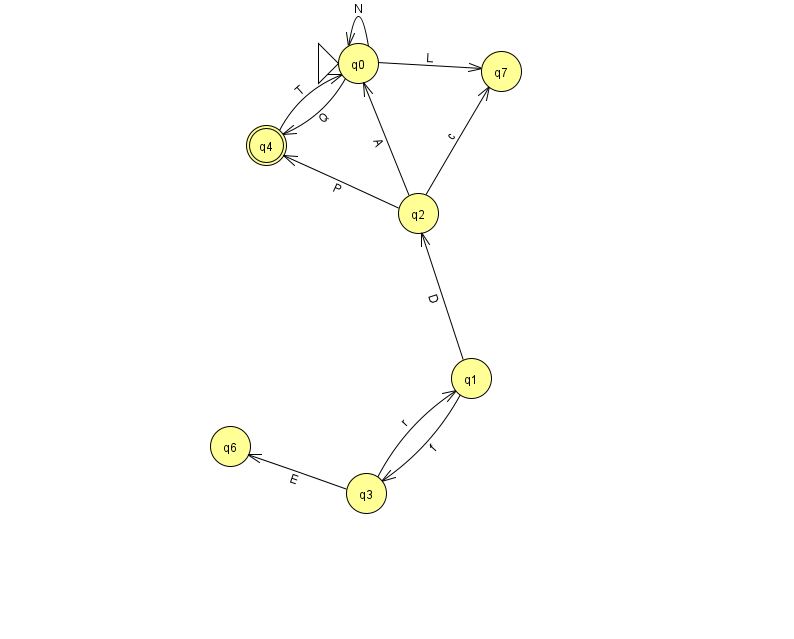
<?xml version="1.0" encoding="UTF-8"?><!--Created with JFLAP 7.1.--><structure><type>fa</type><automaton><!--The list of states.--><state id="0" name="q0"><x>358.0</x><y>50.0</y><initial/></state><state id="1" name="q1"><x>471.0</x><y>365.0</y></state><state id="2" name="q2"><x>418.0</x><y>200.0</y></state><state id="3" name="q3"><x>366.0</x><y>480.0</y></state><state id="4" name="q4"><x>266.0</x><y>132.0</y><final/></state><state id="6" name="q6"><x>230.0</x><y>433.0</y></state><state id="7" name="q7"><x>501.0</x><y>58.0</y></state><!--The list of transitions.--><transition><from>2</from><to>4</to><read>P</read></transition><transition><from>0</from><to>7</to><read>L</read></transition><transition><from>1</from><to>2</to><read>D</read></transition><transition><from>2</from><to>7</to><read>c</read></transition><transition><from>4</from><to>0</to><read>T</read></transition><transition><from>1</from><to>3</to><read>f</read></transition><transition><from>3</from><to>6</to><read>E</read></transition><transition><from>0</from><to>4</to><read>Q</read></transition><transition><from>3</from><to>1</to><read>r</read></transition><transition><from>0</from><to>0</to><read>N</read></transition><transition><from>2</from><to>0</to><read>A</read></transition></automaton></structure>